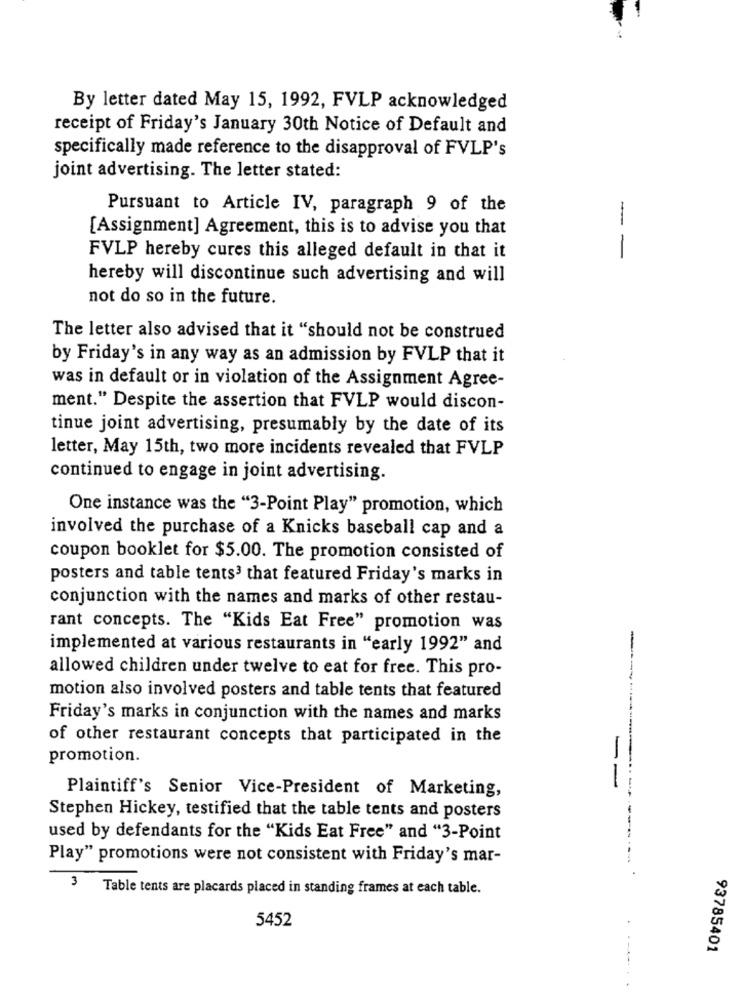
By letter dated May 15, 1992, FVLP acknowledged
receipt of Friday's January 30th Notice of Default and
specifically made reference to the disapproval of FVLP's
joint advertising. The letter stated:
Pursuant to Article IV, paragraph 9 of the
[Assignment] Agreement, this is to advise you that
FVLP hereby cures this alleged default in that it
--
hereby will discontinue such advertising and will
not do so in the future.
The letter also advised that it "should not be construed
by Friday's in any way as an admission by FVLP that it
was in default or in violation of the Assignment Agree-
ment." Despite the assertion that FVLP would discon-
tinue joint advertising, presumably by the date of its
letter, May 15th, two more incidents revealed that FVLP
continued to engage in joint advertising.
One instance was the "3-Point Play" promotion, which
involved the purchase of a Knicks baseball cap and a
coupon booklet for $5.00. The promotion consisted of
posters and table tents3 that featured Friday's marks in
conjunction with the names and marks of other restau-
rant concepts. The "Kids Eat Free" promotion was
-
implemented at various restaurants in "early 1992" and
allowed children under twelve to eat for free. This pro-
motion also involved posters and table tents that featured
Friday's marks in conjunction with the names and marks
of other restaurant concepts that participated in the
promotion.
Plaintiff's Senior Vice-President of Marketing,
Stephen Hickey, testified that the table tents and posters
used by defendants for the "Kids Eat Free" and "3-Point
Play" promotions were not consistent with Friday's mar-
3
Table tents are placards placed in standing frames at each table.
5452
93785401